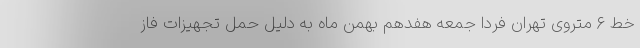
خط ۶ متروی تهران فردا جمعه هفدهم بهمن ماه بِه دلیل حمل تجهیزات فاز